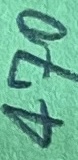
Text: 470